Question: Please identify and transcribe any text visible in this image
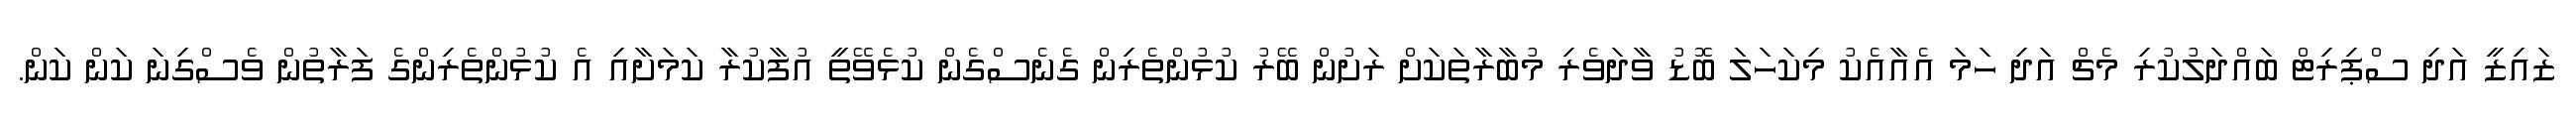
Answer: ޒައިޒީ އަދި ސްޕިރިޓް ބައްދަލުކުރި މެޗް އަދި ހަމަ އެއާއެކު މިކަހަލަ ބޮޑު ވާދަވެރި މުބާރާތަކަށް ރަށުން ބޭރު ކުޅުންތެރިން ގެނެސްގެން ކުޅެވޭތީ އުފާކުރާ ކަމަށާއި އެ ކުޅުންތެރިންގެ ފަރާތުން ވެސްގިނަ ކަން ކަން.